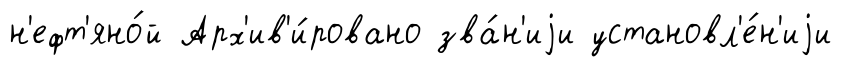
н'ефт'яно́й Арх'ив'и́ровано зва́н'иjи установл'е́н'иjи